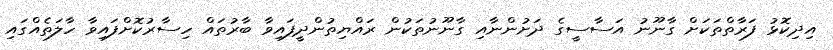
އިދިކޮޅު ފަރާތްތަކަށް ގާނޫނު އަސާސީގެ ދަށުންނާއި ގާނޫނުތަކުން ރައްޔިތުންދީފައިވާ ބާރުތައް ހިސާރުކޮށްފައިވާ ހާލަތެއްގައި